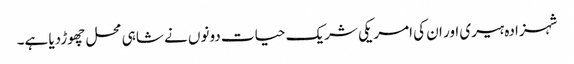
شہزادہ ہیری اور ان کی امریکی شریک حیات دونوں نے شاہی محل چھوڑدیا ہے۔